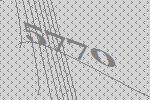
5770